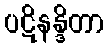
ပဋိနန္ဒိတာ